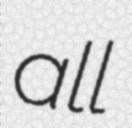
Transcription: all